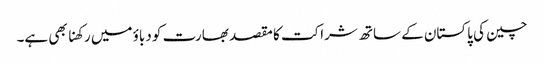
چین کی پاکستان کے ساتھ شراکت کا مقصد بھارت کو دباؤ میں رکھنا بھی ہے۔